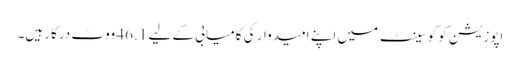
اپوزیشن کو کو سینٹ میں اپنے امیدوار کی کامیابی کے لیے 46.1 ووٹ درکار ہیں۔